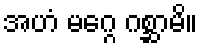
အဟံ မဂ္ဂေ ဂစ္ဆာမိ။